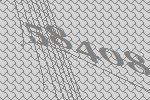
58408